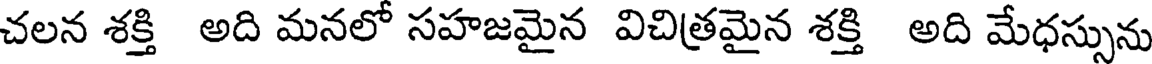
చలన శక్తి అది మనలో సహజమైన విచిత్రమైన శక్తి అది మేధస్సును